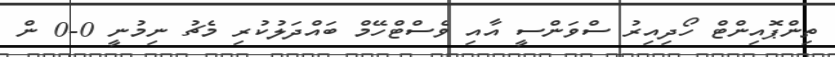
ތިންޕޮއިންޓް ހޯދިއިރު ސްވަންސީ އާއި ވެސްޓްހޭމް ބައްދަލުކުރި މެޗު ނިމުނީ 0-0 ން